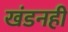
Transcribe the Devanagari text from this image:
खंडनही